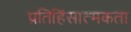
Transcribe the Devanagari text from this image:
प्रतिहिंसात्मकता